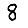
Digit: 8